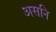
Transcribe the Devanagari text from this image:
असनि